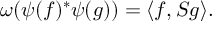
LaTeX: \omega ( \psi ( f ) ^ { * } \psi ( g ) ) = \langle f , S g \rangle .